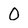
Character: O